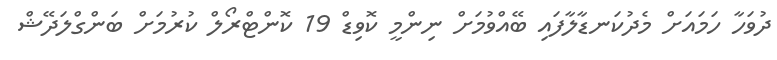
ދުވަހާ ހަމައަށް މެދުކަނޑާލާފައި ބޭއްވުމަށް ނިންމީ ކޮވިޑް 19 ކޮންޓްރޯލް ކުރުމަށް ބަންގްލަދޭޝް